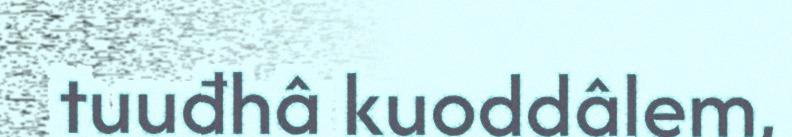
tuuđhâ kuoddâlem,